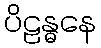
ပိဠန္ဓနေ